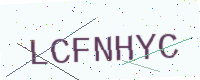
Text: LCFNHYC